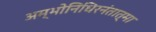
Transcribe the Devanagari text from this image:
अम्भोनिधिरनंतात्मा